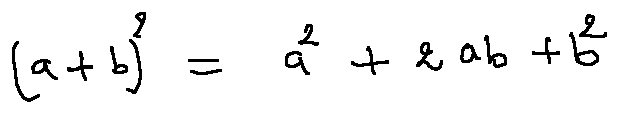
( a + b ) ^ { 2 } = a ^ { 2 } + 2 a b + b ^ { 2 }